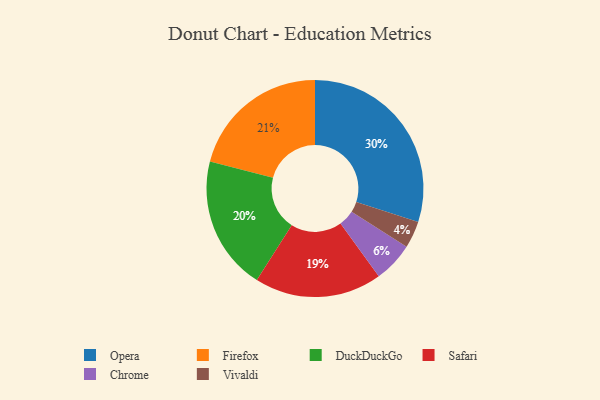
{"axis": {"x": "Category", "y": "Percentage"}, "legend": ["Chrome", "DuckDuckGo", "Firefox", "Opera", "Safari", "Vivaldi"], "data": [{"x": "Chrome", "y": 6, "type": "Chrome"}, {"x": "Firefox", "y": 21, "type": "Firefox"}, {"x": "DuckDuckGo", "y": 20, "type": "DuckDuckGo"}, {"x": "Safari", "y": 19, "type": "Safari"}, {"x": "Vivaldi", "y": 4, "type": "Vivaldi"}, {"x": "Opera", "y": 30, "type": "Opera"}]}